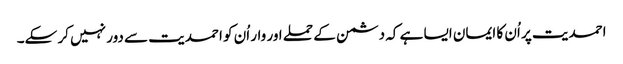
احمدیت پر اُن کا ایمان ایسا ہے کہ دشمن کے حملے اور وار اُن کو احمدیت سے دور نہیں کر سکے۔